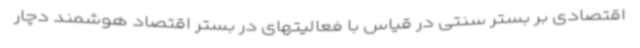
اقتصادی بر بستر سنتی در قیاس با فعالیتهای در بستر اقتصاد هوشمند دچار